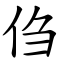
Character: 㑇